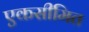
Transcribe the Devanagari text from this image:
एकसीमित